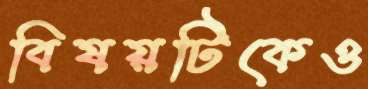
বিষয়টিকেও